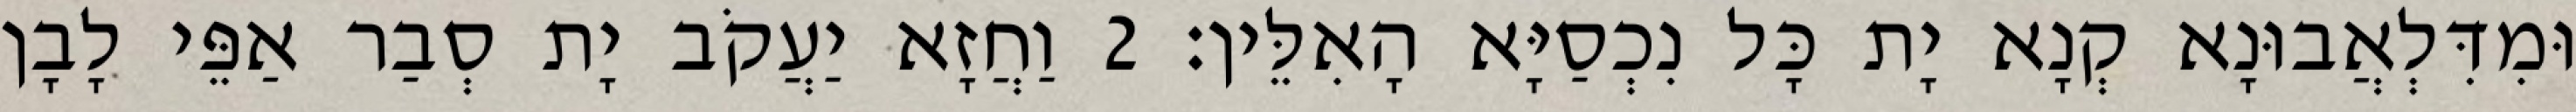
וּמִדִּלְאֲבוּנָא קְנָא יָת כָּל נִכְסַיָּא הָאִלֵּין׃ 2 וַחֲזָא יַעֲקֹב יָת סְבַר אַפֵּי לָבָן